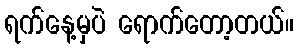
ရက်နေ့မှပဲ ရောက်တော့တယ်။